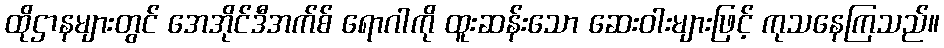
ထိုဌာနများတွင် အေအိုင်ဒီအက်စ် ရောဂါကို ထူးဆန်းသော ဆေးဝါးများဖြင့် ကုသနေကြသည်။